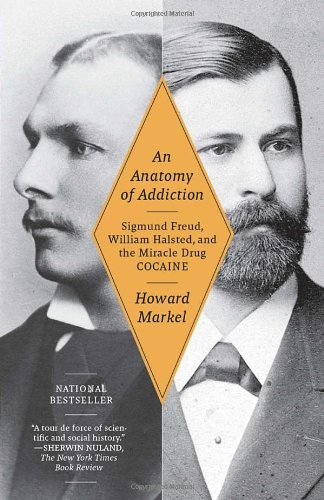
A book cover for An Anatomy of Addiction: Sigmund Freud, William Halsted, and the Miracle Drug, Cocaine; Howard Markel; Biographies & Memoirs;